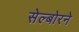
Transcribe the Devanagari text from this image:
सेल्बोरने